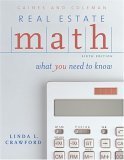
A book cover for Real Estate Math: What You Need to Know; George Gaines; Business & Money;